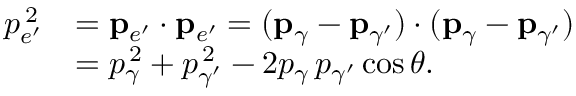
{ \begin{array} { r l } { p _ { e ^ { \prime } } ^ { \, 2 } } & { = \mathbf { p } _ { e ^ { \prime } } \cdot \mathbf { p } _ { e ^ { \prime } } = ( \mathbf { p } _ { \gamma } - \mathbf { p } _ { \gamma ^ { \prime } } ) \cdot ( \mathbf { p } _ { \gamma } - \mathbf { p } _ { \gamma ^ { \prime } } ) } \\ & { = p _ { \gamma } ^ { \, 2 } + p _ { \gamma ^ { \prime } } ^ { \, 2 } - 2 p _ { \gamma } \, p _ { \gamma ^ { \prime } } \cos \theta . } \end{array} }